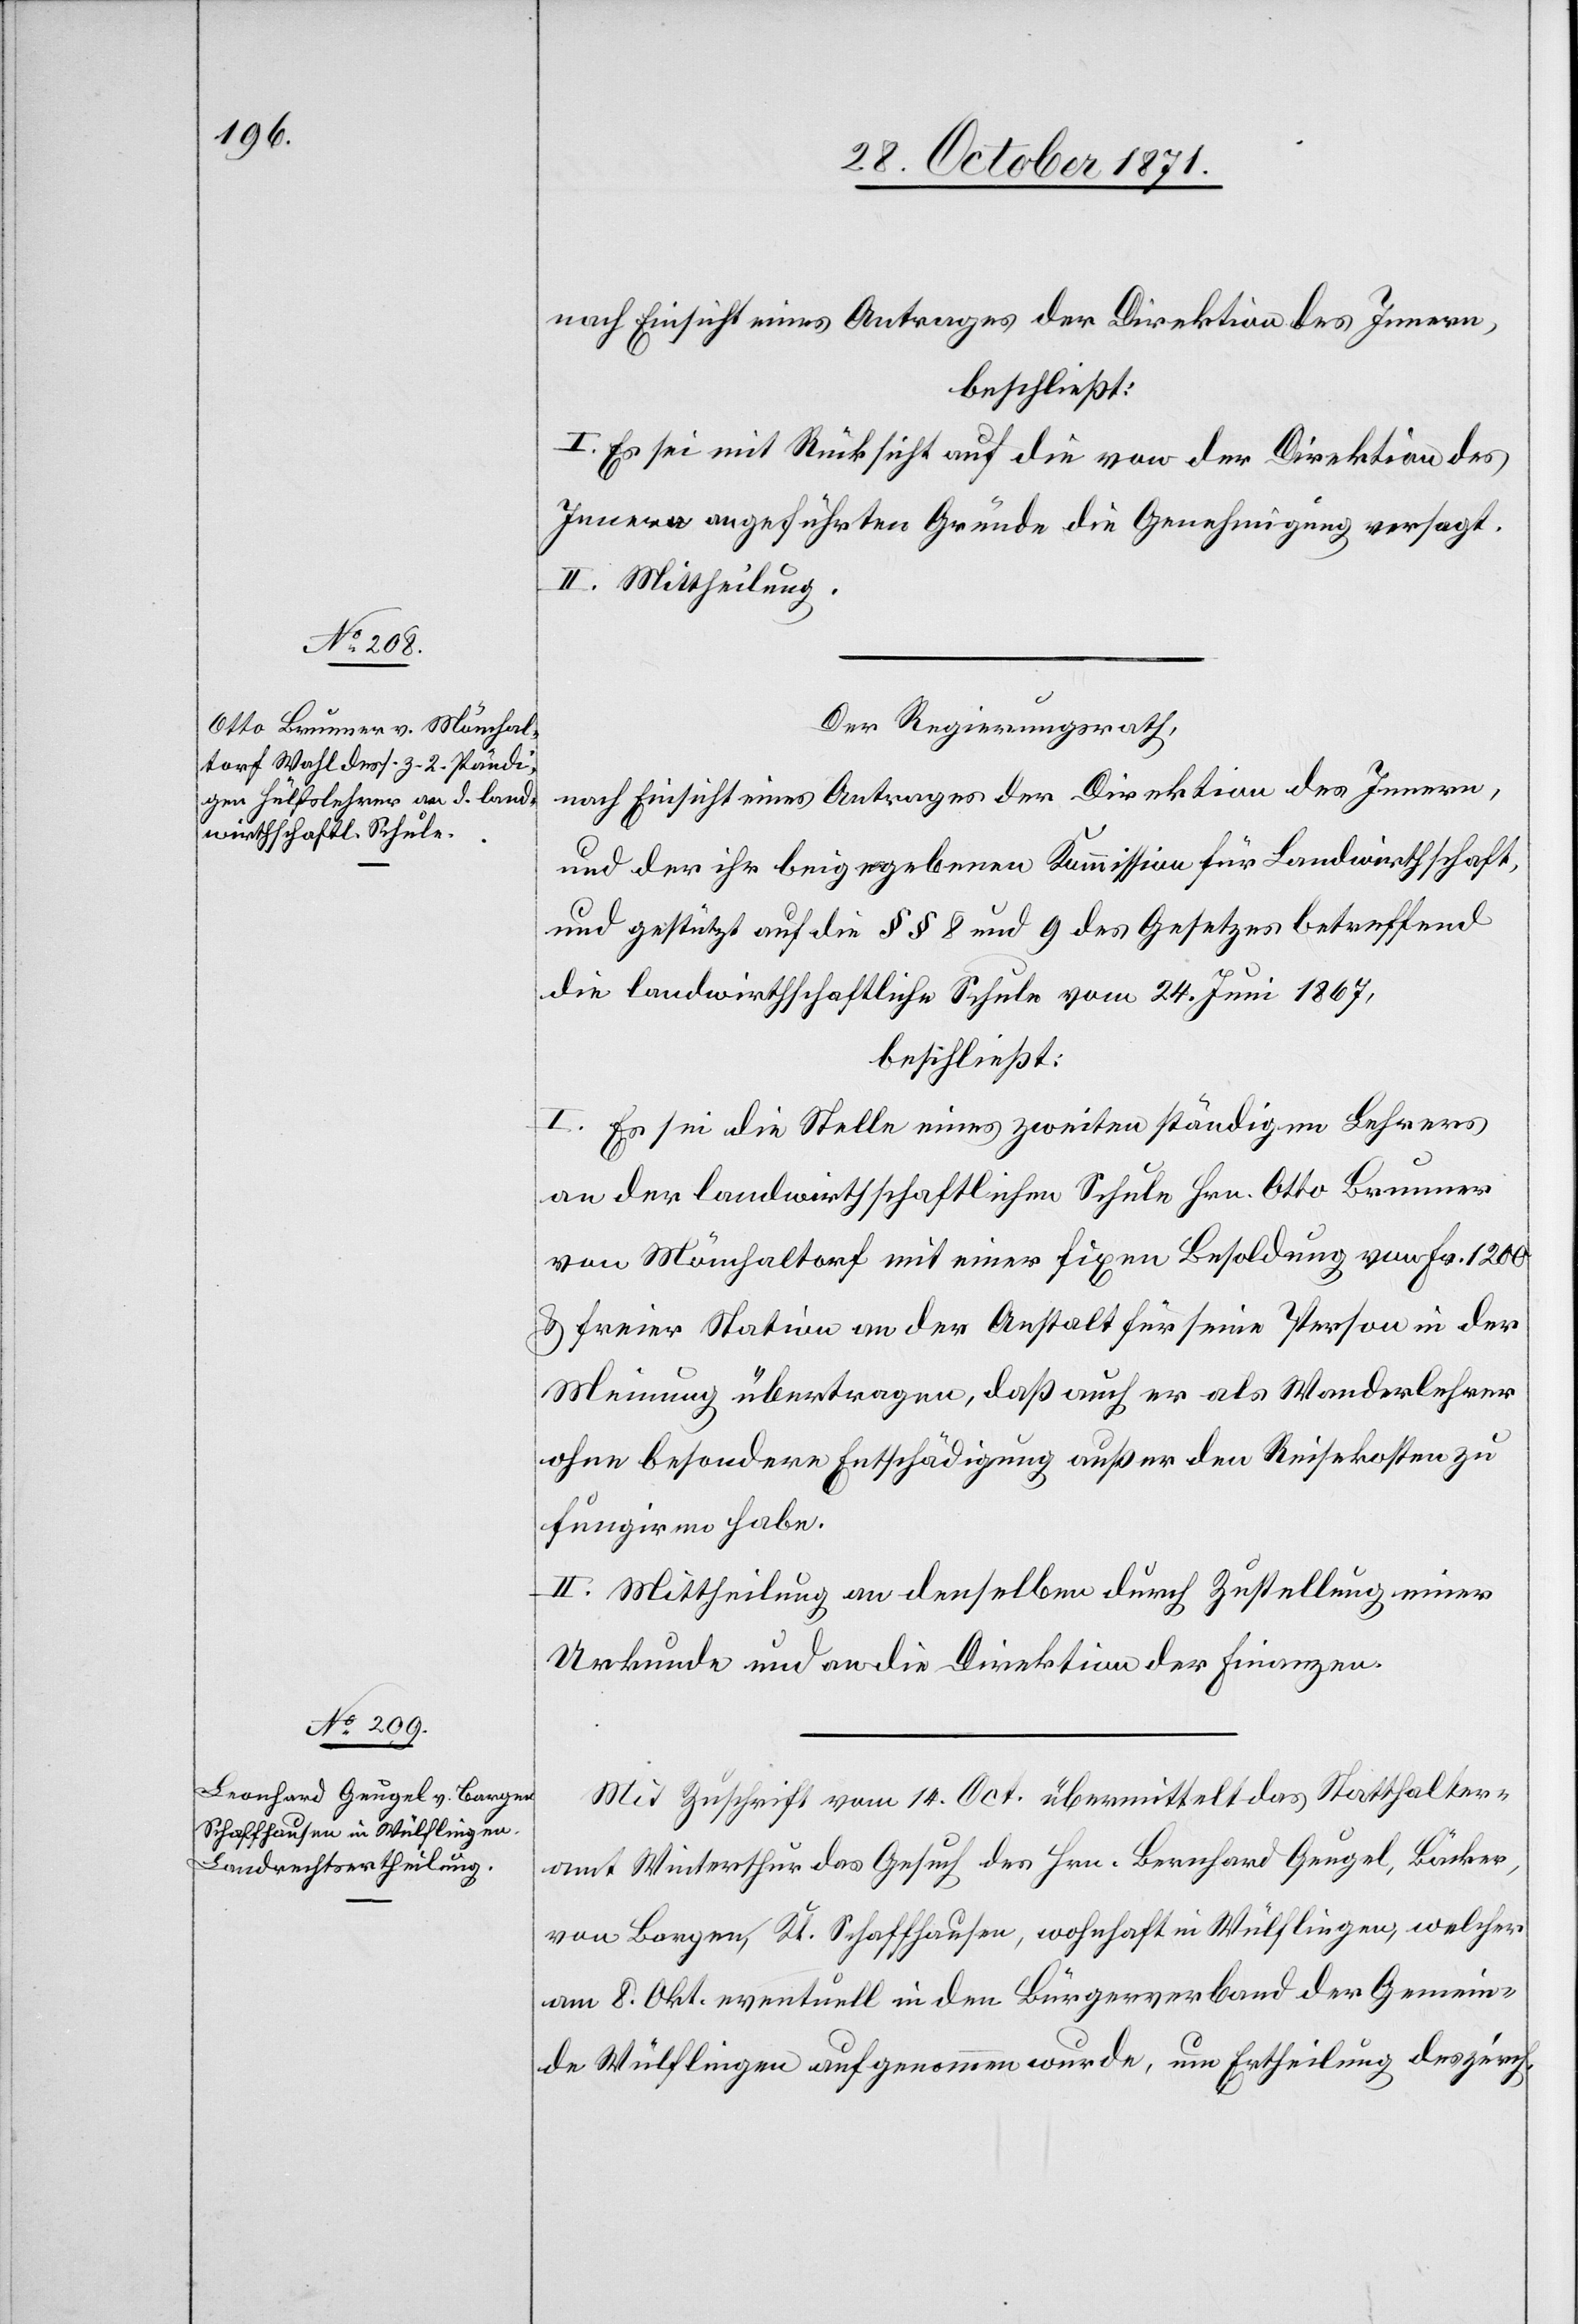
nach Einsicht eines Antrages der Direktion des Innern,
beschließt:
I. Es sei mit Rücksicht auf die von der Direktion des
Innern angeführten Gründe die Genehmigung versagt.
II. Mittheilung.
Der Regierungsrath,
nach Einsicht eines Antrages der Direktion des Innern,
und der ihr beigegebenen Kommission für Landwirthschaft,
und gestützt auf die §§ 8 und 9 des Gesetzes betreffend
die landwirthschaftliche Schule vom 24. Juni 1867,
beschließt:
I. Es sei die Stelle eines zweiten ständigen Lehrers
an der landwirthschaftlichen Schule Hrn. Otto Brunner
von Mönchaltorf mit einer fixen Besoldung von Fr. 1200
& freier Station an der Anstalt für seine Person in der
Meinung übertragen, daß auch er als Wanderlehrer
ohne besondere Entschädigung außer den Reisekosten zu
fungiren habe.
II. Mittheilung an denselben durch Zustellung einer
Urkunde und an die Direktion der Finanzen.
Mit Zuschrift vom 14. Oct. übermittelt das Statthalter¬
amt Winterthur das Gesuch des Hrn. Bernhard [sic!] Guegel, Bäcker,
von Bargen, Kt. Schaffhausen, wohnhaft in Wülflingen, welcher
am 8. Okt. eventuell in den Bürgerverband der Gemein¬
de Wülflingen aufgenommen wurde, um Ertheilung des zürch.